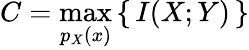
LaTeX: C=\operatorname*{max}_{p_{X}(x)}\left\{ \, I(X;Y)\, \right\}